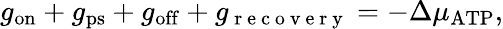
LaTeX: g_{\mathrm{on}}+g_{\mathrm{ps}}+g_{\mathrm{off}}+g_{\mathrm{~r~e~c~o~v~e~r~y~}}=-\Delta\mu_{\mathrm{ATP}},